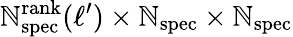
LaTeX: \mathbb{N}_{\mathrm{{spec}}}^{\mathrm{{rank}}}(\ell^{\prime})\times\mathbb{N}_{\mathrm{{spec}}}\times\mathbb{N}_{\mathrm{{spec}}}